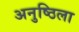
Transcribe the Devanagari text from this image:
अनुष्ठिला